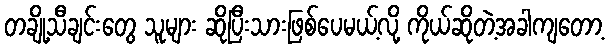
တချို့သီချင်းတွေ သူများ ဆိုပြီးသားဖြစ်ပေမယ့်လို့ ကိုယ်ဆိုတဲ့အခါကျတော့